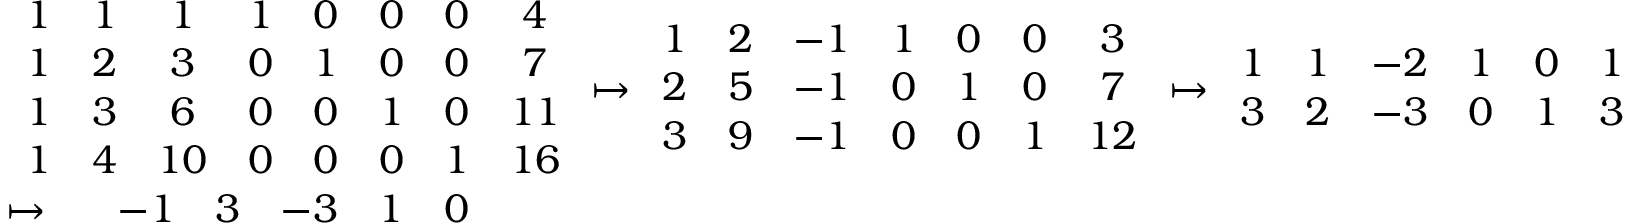
\begin{array} { r l } & { \begin{array} { c c c c c c c c } { 1 } & { 1 } & { 1 } & { 1 } & { 0 } & { 0 } & { 0 } & { 4 } \\ { 1 } & { 2 } & { 3 } & { 0 } & { 1 } & { 0 } & { 0 } & { 7 } \\ { 1 } & { 3 } & { 6 } & { 0 } & { 0 } & { 1 } & { 0 } & { 1 1 } \\ { 1 } & { 4 } & { 1 0 } & { 0 } & { 0 } & { 0 } & { 1 } & { 1 6 } \end{array} \mapsto \begin{array} { c c c c c c c } { 1 } & { 2 } & { - 1 } & { 1 } & { 0 } & { 0 } & { 3 } \\ { 2 } & { 5 } & { - 1 } & { 0 } & { 1 } & { 0 } & { 7 } \\ { 3 } & { 9 } & { - 1 } & { 0 } & { 0 } & { 1 } & { 1 2 } \end{array} \mapsto \begin{array} { c c c c c c } { 1 } & { 1 } & { - 2 } & { 1 } & { 0 } & { 1 } \\ { 3 } & { 2 } & { - 3 } & { 0 } & { 1 } & { 3 } \end{array} } \\ & { \mapsto \begin{array} { c c c c c c } & { - 1 } & { 3 } & { - 3 } & { 1 } & { 0 } \end{array} } \end{array}